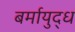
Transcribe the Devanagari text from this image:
बर्मायुद्ध